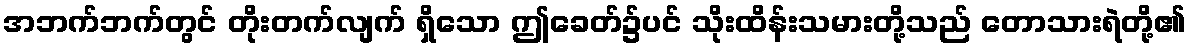
အဘက်ဘက်တွင် တိုးတက်လျက် ရှိသော ဤခေတ်၌ပင် သိုးထိန်းသမားတို့သည် တောသားရဲတို့၏